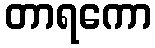
တာရကော